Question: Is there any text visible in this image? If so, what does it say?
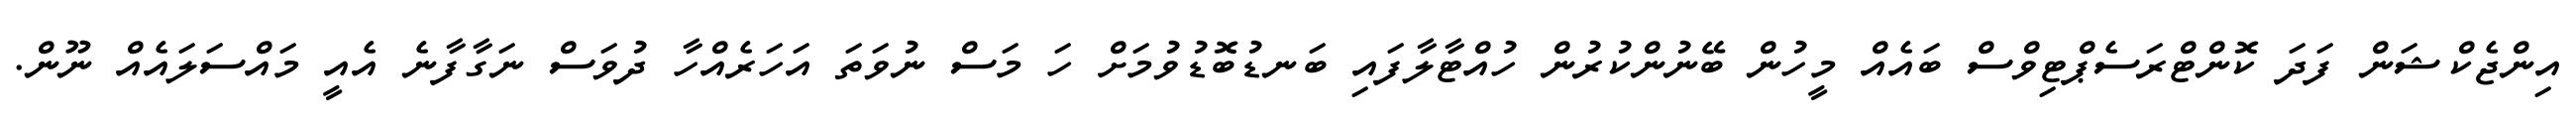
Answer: އިންޖެކްޝަން ފަދަ ކޮންޓްރަސެޕްޓިވްސް ބައެއް މީހުން ބޭނުންކުރުން ހުއްޓާލާފައި ބަނޑުބޮޑުވުމަށް ހަ މަސް ނުވަތަ އަހަރެއްހާ ދުވަސް ނަގާފާނެ އެއީ މައްސަލައެއް ނޫން.